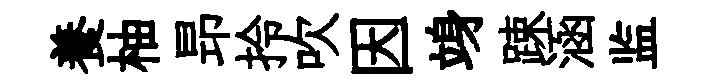
養柚昻拎吹因竧踈涵监